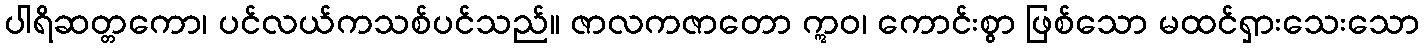
ပါရိဆတ္တကော၊ ပင်လယ်ကသစ်ပင်သည်။ ဇာလကဇာတော ဣဝ၊ ကောင်းစွာ ဖြစ်သော မထင်ရှားသေးသော